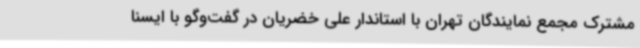
مشترک مجمع نمایندگان تهران با استاندار علی خضریان در گفت‌وگو با ایسنا